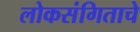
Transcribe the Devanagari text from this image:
लोकसंगिताचे